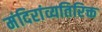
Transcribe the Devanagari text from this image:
मंदिरांव्यतिरिक्त